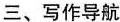
三、写作导航